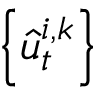
\left\{ \hat { u } _ { t } ^ { i , k } \right\}